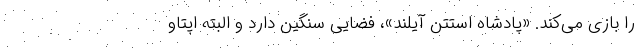
را بازی می‌کند. «پادشاه استتن آیلند»، فضایی سنگین دارد و البته اپتاو